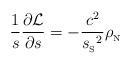
LaTeX: \begin{align*}{1\over s}{\partial{\cal L}\over\partial s}= -{c^2\over{s_{_{\rm S}}}^2}{\rho_{_{\rm N}}} \end{align*}